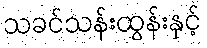
သခင်သန်းထွန်းနှင့်